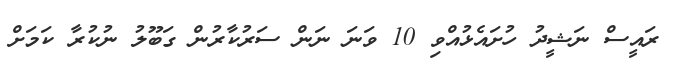
ރައީސް ނަޝީދު ހުށައެޅުއްވި 10 ވަނަ ނަން ސަރުކާރުން ގަބޫލު ނުކުރާ ކަމަށް